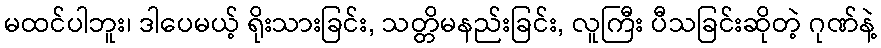
မထင်ပါဘူး၊ ဒါပေမယ့် ရိုးသားခြင်း, သတ္တိမနည်းခြင်း, လူကြီး ပီသခြင်းဆိုတဲ့ ဂုဏ်နဲ့